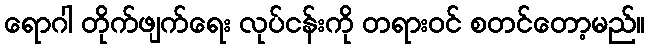
ရောဂါ တိုက်ဖျက်ရေး လုပ်ငန်းကို တရားဝင် စတင်တော့မည်။